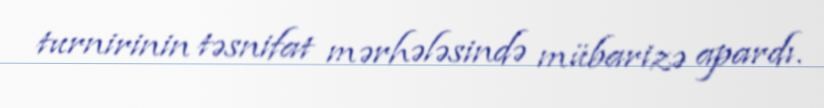
turnirinin təsnifat mərhələsində mübarizə apardı.